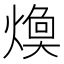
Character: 𱬈